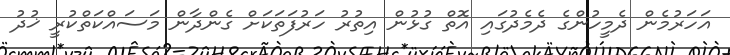
އަހަރުމެން ދެމީހުންގެ ދެމެދުގައި އޮތް ގުޅުން އިތުރު ހަރުފަތަކަށް ގެންދާން މަސައްކަތްކުރީ ޚުދު